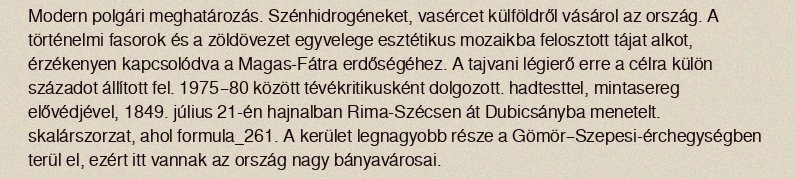
Modern polgári meghatározás. Szénhidrogéneket, vasércet külföldről vásárol az ország. A történelmi fasorok és a zöldövezet egyvelege esztétikus mozaikba felosztott tájat alkot, érzékenyen kapcsolódva a Magas-Fátra erdőségéhez. A tajvani légierő erre a célra külön századot állított fel. 1975–80 között tévékritikusként dolgozott. hadtesttel, mintasereg elővédjével, 1849. július 21-én hajnalban Rima-Szécsen át Dubicsányba menetelt. skalárszorzat, ahol formula_261. A kerület legnagyobb része a Gömör–Szepesi-érchegységben terül el, ezért itt vannak az ország nagy bányavárosai.